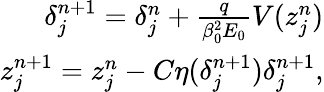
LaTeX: \begin{array}{r}{\delta_{j}^{n+1}=\delta_{j}^{n}+\frac{q}{\beta_{0}^{2}E_{0}}V(z_{j}^{n})}\\ {z_{j}^{n+1}=z_{j}^{n}-C\eta(\delta_{j}^{n+1})\delta_{j}^{n+1}\mathrm{,}}\end{array}